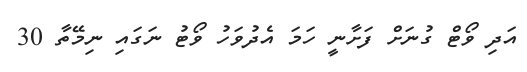
އަދި ވޯޓް ގުނަށް ފަށާނީ ހަމަ އެދުވަހު ވޯޓު ނަގައި ނިމޭތާ 30